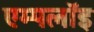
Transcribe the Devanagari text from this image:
एम्पलॉइ